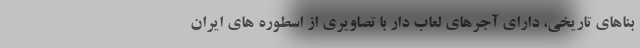
بناهای تاریخی، دارای آجرهای لعاب دار با تصاویری از اسطوره های ایران